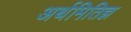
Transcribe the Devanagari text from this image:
अर्थमितिज्ञ